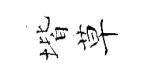
堦草